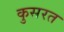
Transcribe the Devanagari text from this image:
कुसरत